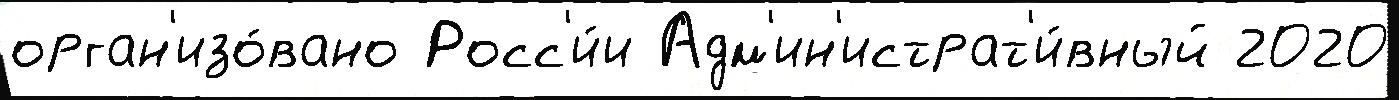
орган'изо́вано Росс'и́и Адм'ин'истрат'и́вный 2020